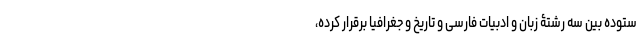
ستوده بین سه رشتۀ زبان و ادبیات فارسی و تاریخ و جغرافیا برقرار کرده،